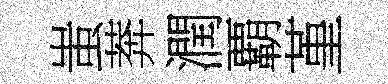
蚩莾潤覇堇